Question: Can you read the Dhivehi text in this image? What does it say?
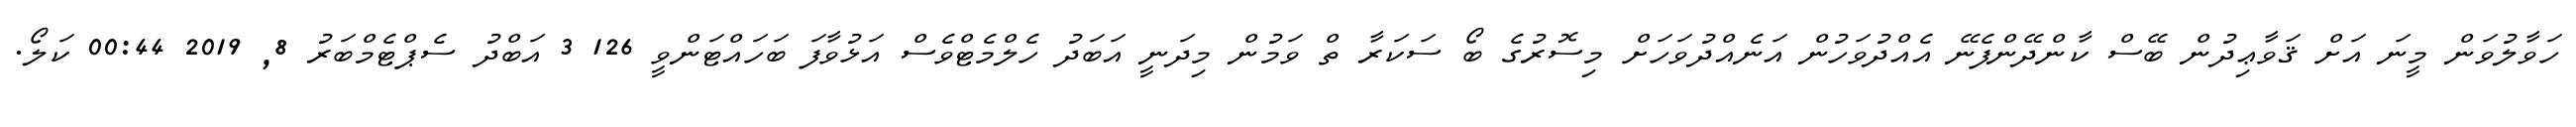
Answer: ހަވާލުވަން މީނަ އަށް ޤަވާޢިދުން ބޭސް ކާންދޭންފެނޭ އެއްދުވަހުން އަނެއްދުވަހަށް މިސޮރުގެ ބޯ ސަކަރާ ތް ވަމުން މިދަނީ އަބަދު ހެލްމެޓްވެސް އަޅުވާފަ ބަހައްޓަންވީ 126 3 އަބްދު ސެޕްޓެމްބަރު 8, 2019 00:44 ކަލޯ.